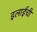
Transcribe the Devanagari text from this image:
इलाईंची